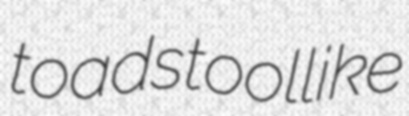
toadstoollike